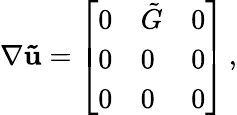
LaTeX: \nabla\mathbf{\tilde{u}}=\left[\begin{array}{lll}{0}&{\tilde{G}}&{0}\\ {0}&{0}&{0}\\ {0}&{0}&{0}\end{array}\right]\, ,